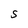
Character: S